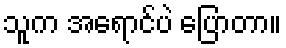
သူက အရောင်ပဲ ပြောတာ။